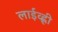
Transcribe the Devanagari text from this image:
लाईव्ह्ली